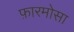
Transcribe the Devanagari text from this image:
फ़ारमोसा